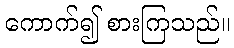
ကောက်၍ စားကြသည်။